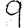
Digit: 9